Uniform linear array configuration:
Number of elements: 4
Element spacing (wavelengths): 0.5
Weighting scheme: cosine
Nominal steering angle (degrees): -45
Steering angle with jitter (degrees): -43.074
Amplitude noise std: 0.05
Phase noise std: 0.05

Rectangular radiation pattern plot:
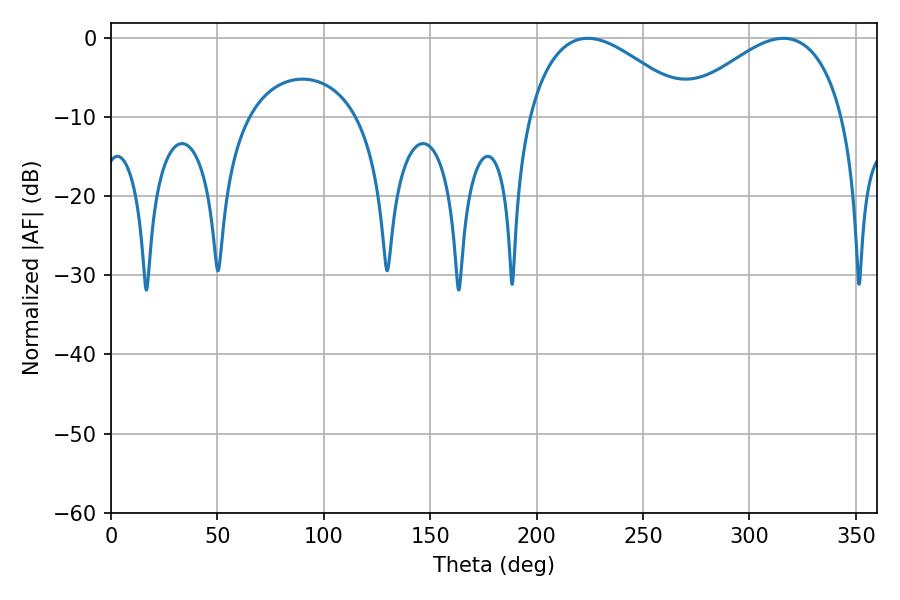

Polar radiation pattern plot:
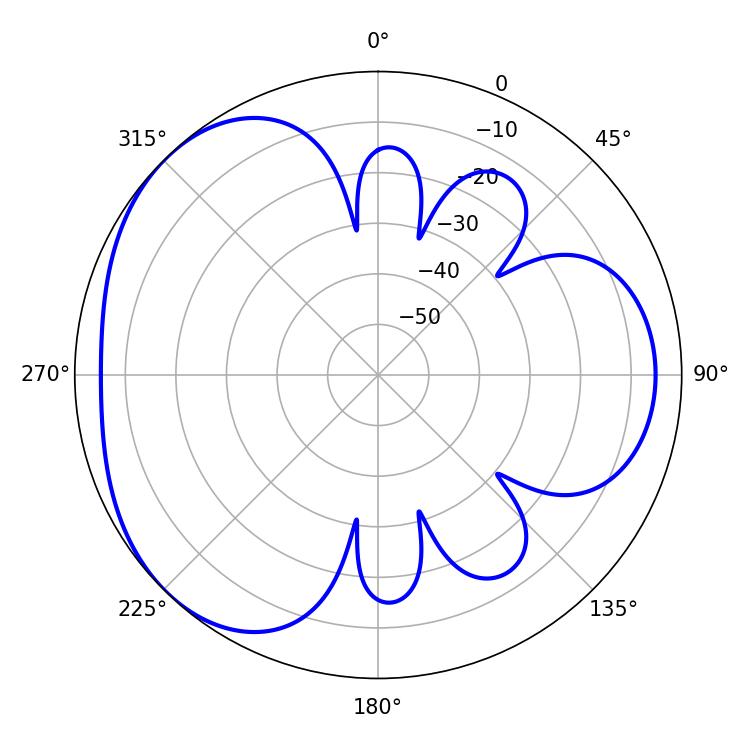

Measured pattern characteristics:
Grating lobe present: FALSE
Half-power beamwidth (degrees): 41.94
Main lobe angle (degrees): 315.9